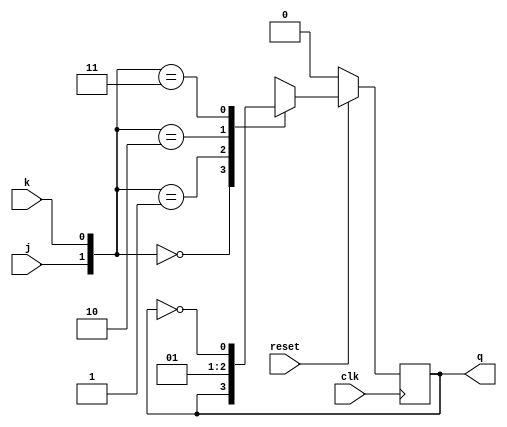
module j_k_ff(q,j,k,clk,reset);

input j,k,clk,reset;
output q;
reg q;

always @(posedge clk)
begin
if(reset == 1'b1)
begin
	case({j,k})
	2'b00: q <= q;
	2'b01: q <= 1'b0;
	2'b10: q <= 1'b1;
	2'b11: q <= ~q;
	default: $display("There is some error in input");
	endcase
end
else
q <= 1'b0; 
end

endmodule